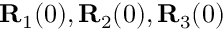
{ \bf R } _ { 1 } ( 0 ) , { \bf R } _ { 2 } ( 0 ) , { \bf R } _ { 3 } ( 0 )